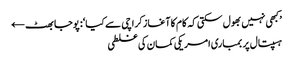
’کبھی نہیں بھول سکتی کہ کام کا آغاز کراچی سے کیا‘: پوجا بھٹ ←
ہسپتال پر بمباری امریکی کمان کی غلطی